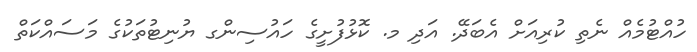
ހުއްޓުމެއް ނެތި ކުރިއަށް އެބަދޭ. އަދި މ. ކޮޅުފުށީގެ ހައުސިންގ ޔުނިޓުތަކުގެ މަސައްކަތް